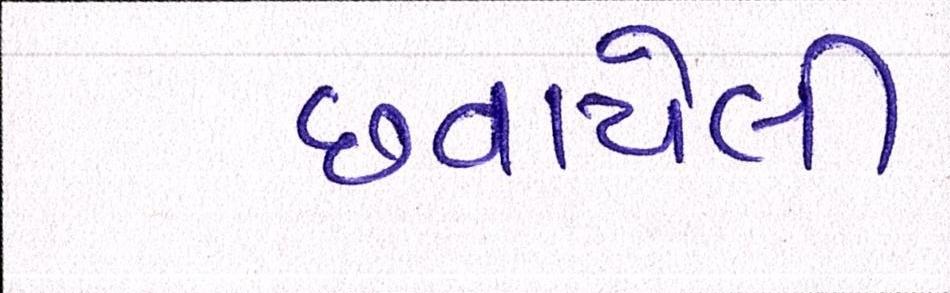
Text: છવાયેલી